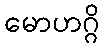
မောဟဂ္ဂိ